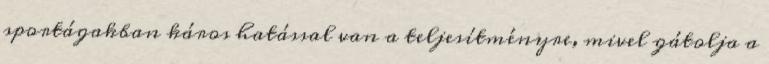
sportágakban káros hatással van a teljesítményre, mivel gátolja a